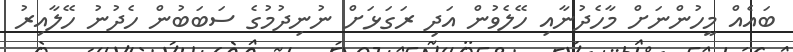
ބައެއް މީހުންނަށް މާހެދުނާއި ހޭލެވުން އަދި ރަގަޅަށް ނުނިދުމުގެ ސަބަބުން ހެދުނު ހޭލާއިރު